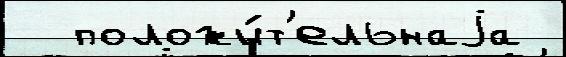
  положи́т'ельнаjа